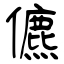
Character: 儦